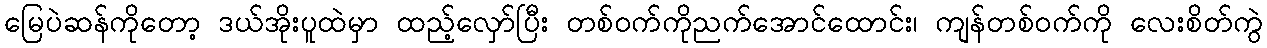
မြေပဲဆန်ကိုတော့ ဒယ်အိုးပူထဲမှာ ထည့်လှော်ပြီး တစ်ဝက်ကိုညက်အောင်ထောင်း၊ ကျန်တစ်ဝက်ကို လေးစိတ်ကွဲ